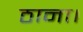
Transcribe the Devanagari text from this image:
ठाना।